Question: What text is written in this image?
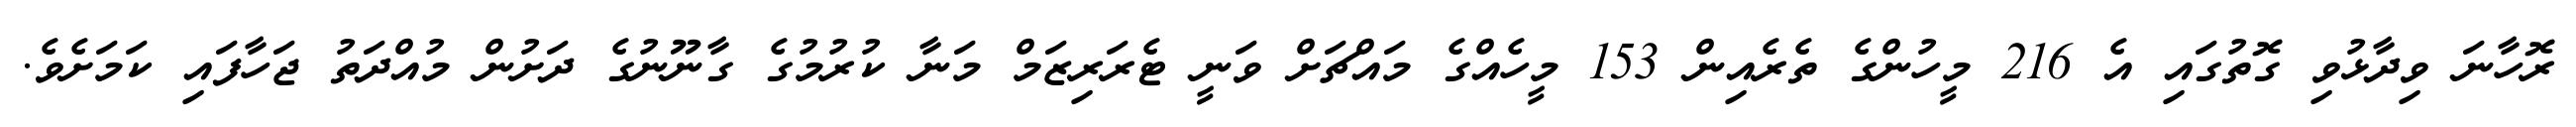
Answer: ރޮހާނަ ވިދާޅުވި ގޮތުގައި އެ 216 މީހުންގެ ތެރެއިން 153 މީހެއްގެ މައްޗަށް ވަނީ ޓެރަރިޒަމް މަނާ ކުރުމުގެ ގާނޫނުގެ ދަށުން މުއްދަތު ޖަހާފައި ކަމަށެވެ.